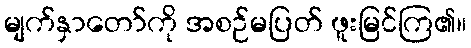
မျက်နှာတော်ကို အစဉ်မပြတ် ဖူးမြင်ကြ၏။